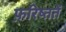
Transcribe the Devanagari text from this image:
फ़रिष्ततें